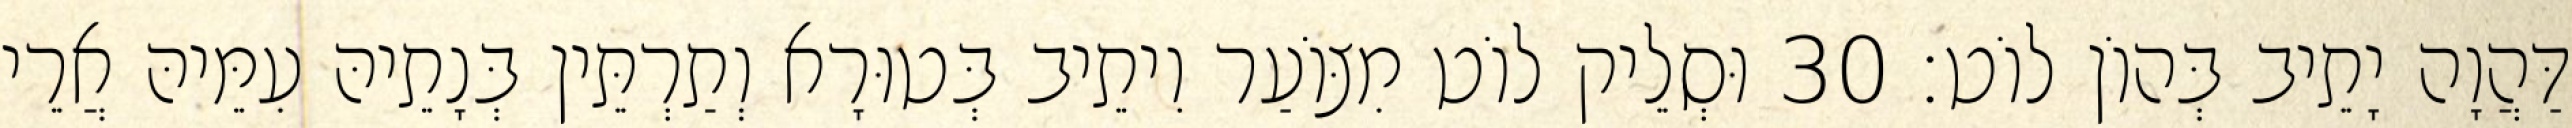
דַּהֲוָה יָתֵיב בְּהוֹן לוֹט׃ 30 וּסְלֵיק לוֹט מִצּוֹעַר וִיתֵיב בְּטוּרָא וְתַרְתֵּין בְּנָתֵיהּ עִמֵּיהּ אֲרֵי